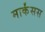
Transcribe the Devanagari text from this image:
मार्कंसस